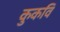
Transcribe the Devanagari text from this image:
कुकवि